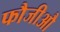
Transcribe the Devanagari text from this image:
फौजीऔ